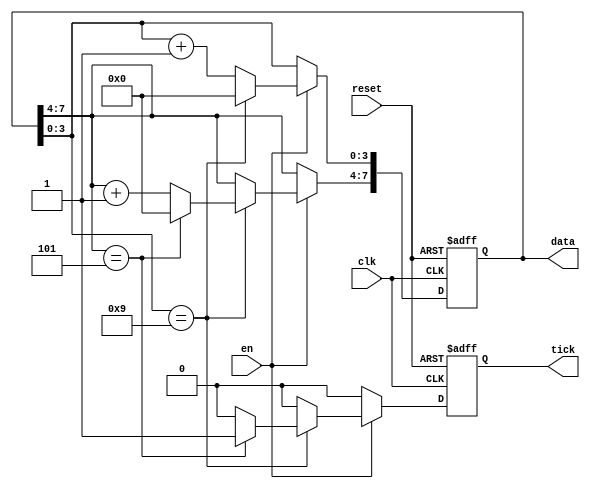
`timescale 1ns / 1ps
//////////////////////////////////////////////////////////////////////////////////
// Company: 
// Engineer: 
// 
// Design Name: 
// Module Name:    bcdcounter 
// Project Name: 
// Target Devices: 
// Tool versions: 
// Description: 
//
// Dependencies: 
//
// Revision: 
// Revision 0.01 - File Created
// Additional Comments: 
//
//////////////////////////////////////////////////////////////////////////////////
module bcdcounter
	(
		input clk, reset,
		input en,
		output [7:0] data,
		output tick
	);
	
	reg [7:0] data_reg;
	reg tick_reg;
	
	always @(posedge clk, posedge reset)
		if (reset)
			begin
				data_reg <= 8'b00000000;
				tick_reg <= 0;
			end
		else
			begin
				if (en)
					begin
						if (data_reg[3:0] == 9)
							begin
								data_reg[3:0] <= 0;
								if (data_reg[7:4] == 5)
									begin
										data_reg[7:4] <= 0;
										tick_reg <= 1;
									end
								else
									begin
										data_reg[7:4] <= data_reg[7:4] + 1;
										tick_reg <= 0;
									end
							end
						else
						begin
							tick_reg <= 0;
							data_reg[3:0] <= data_reg[3:0] + 1;
						end
					end
				else
					begin
						tick_reg <= 0;
					end
			end
	
	assign data = data_reg;
	assign tick = tick_reg;
	
endmodule